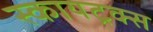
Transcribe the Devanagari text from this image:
स्कायट्रक्स